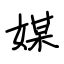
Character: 媒